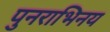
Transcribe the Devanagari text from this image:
पुनराभिनय